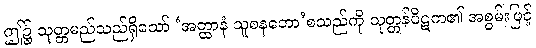
ဤ၌ သုတ္တမည်သည်ရှိသော် ‘အတ္ထာနံ သူစနတော’စသည်ကို သုတ္တန်ပိဋက၏ အစွမ်းဖြင့်